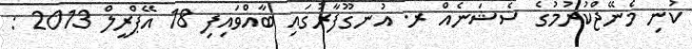
ކުނި މެނޭޖްކުރުމުގެ ސެޝަނެއް ރ. އުނގޫފާރުގައި ބާއްވައިފި 18 އޭޕްރީލް 2013 :